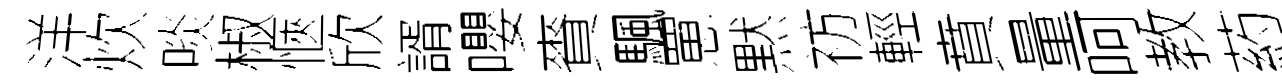
洋炊啖椒愜欣諝嚶賚颿罳黙祊輕賁量呵教葯